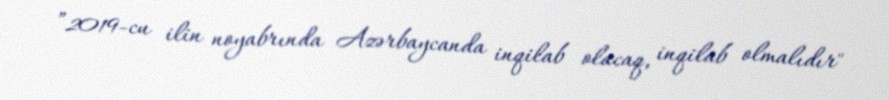
”2019-cu ilin noyabrında Azərbaycanda inqilab olacaq, inqilab olmalıdır"